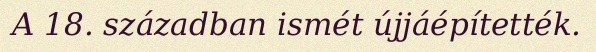
A 18. században ismét újjáépítették.